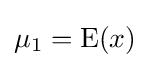
\mu _{1}=\operatorname {E} (x)